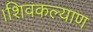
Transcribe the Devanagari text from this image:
।शिवकल्याण